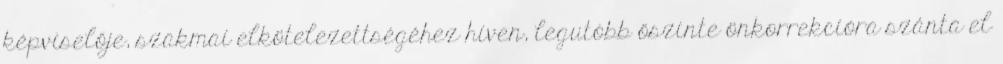
képviselője, szakmai elkötelezettségéhez híven, legutóbb őszinte önkorrekcióra szánta el